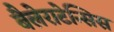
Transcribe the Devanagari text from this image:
बैलेराटेन्सिस